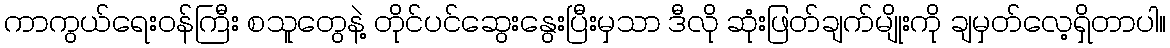
ကာကွယ်ရေးဝန်ကြီး စသူတွေနဲ့ တိုင်ပင်ဆွေးနွေးပြီးမှသာ ဒီလို ဆုံးဖြတ်ချက်မျိုးကို ချမှတ်လေ့ရှိတာပါ။